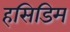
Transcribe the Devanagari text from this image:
हसिडिम